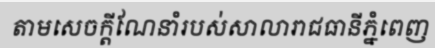
តាមសេចក្តីណែនាំរបស់សាលារាជធានីភ្នំពេញ